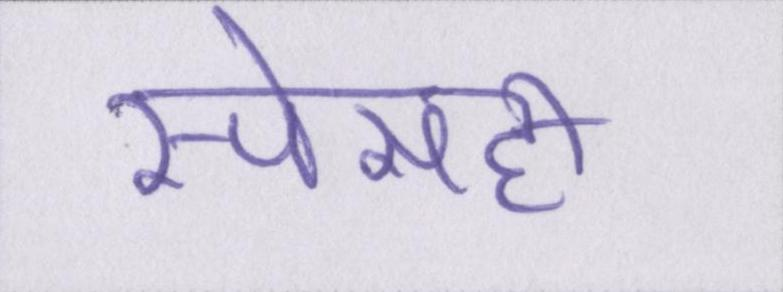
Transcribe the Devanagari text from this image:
स्पेसही